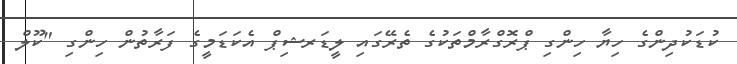
ކުޑަކުދިންގެ ހިޔާ ހިންގި ޕްރޮގްރާމްތަކުގެ ތެރޭގައި ލީޑަރޝިޕް އެކަޑަމީގެ ފަރާތުން ހިންގި "ކޫލް